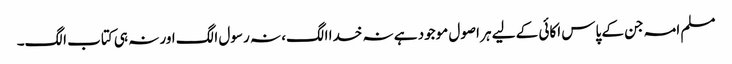
مسلم امہ جن کے پاس اکائی کے لیے ہر اصول موجود ہے نہ خدا الگ، نہ رسول الگ اور نہ ہی کتاب الگ۔